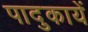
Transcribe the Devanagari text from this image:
पादुकायें